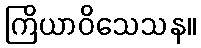
ကြိယာဝိသေသန။